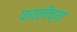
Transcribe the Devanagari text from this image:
पायलीच्या